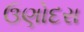
ઉણોદરા